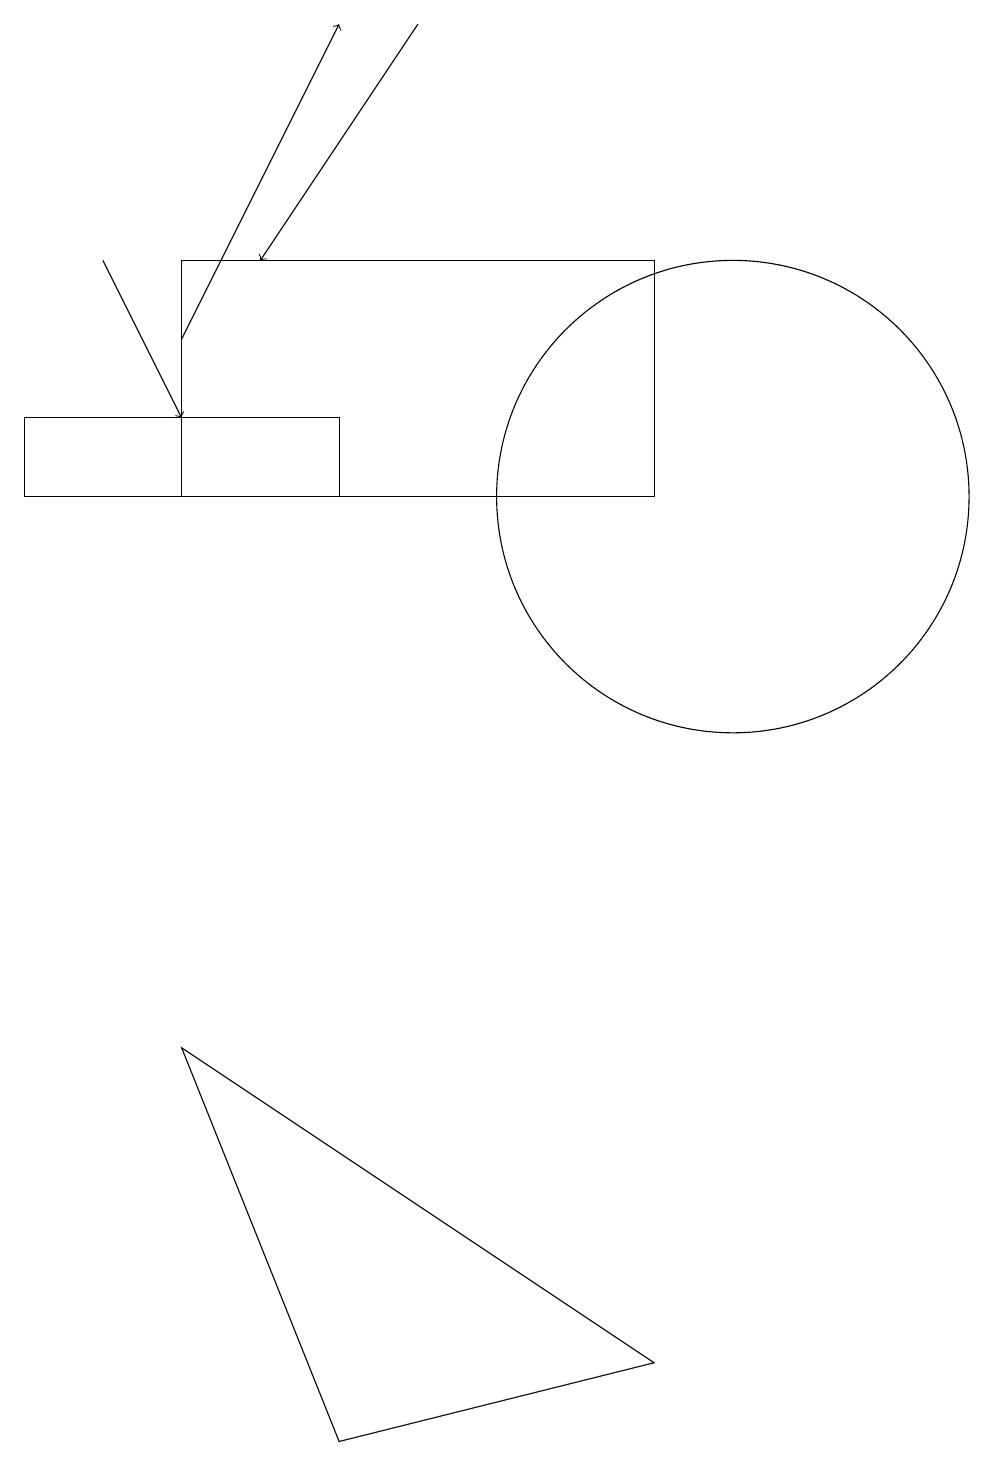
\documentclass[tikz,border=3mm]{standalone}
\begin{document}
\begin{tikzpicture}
\draw[->] (2,15) -- (3,13);
\draw (9,15) rectangle (3,12);
\draw (10,12) circle (3);
\draw (10,10) circle (0);
\draw[->] (3,14) -- (5,18);
\draw (5,0) -- (9,1) -- (3,5) -- cycle;
\draw (1,13) rectangle (5,12);
\draw[->] (6,18) -- (4,15);
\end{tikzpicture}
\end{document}